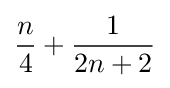
{\frac {n}{4}}+{\frac {1}{2n+2}}